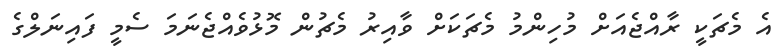
އެ މެޗަކީ ރާއްޖެއަށް މުހިންމު މެޗަކަށް ވާއިރު މެޗުން މޮޅުވެއްޖެނަމަ ސެމީ ފައިނަލްގެ